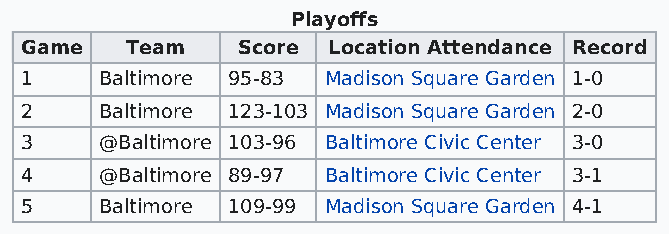
Playoffs
 Game   Team    Score Location Attendance Record
 1     Baltimore 95-83 Madison Square Garden 1-0
 2     Baltimore 123-103 Madison Square Garden 2-0
 3     @Baltimore 103-96 Baltimore Civic Center 3-0
 4     @Baltimore 89-97 Baltimore Civic Center 3-1
 5     Baltimore 109-99 Madison Square Garden 4-1